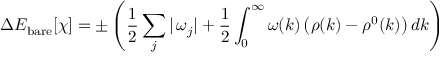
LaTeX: \Delta E _ { \mathrm { b a r e } } [ \chi ] = \pm \left( \frac { 1 } { 2 } \sum _ { j } | \, \omega _ { j } | + \frac { 1 } { 2 } \int _ { 0 } ^ { \infty } \omega ( k ) \left( \rho ( k ) - \rho ^ { 0 } ( k ) \right) d k \right)